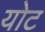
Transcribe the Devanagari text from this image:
योट